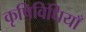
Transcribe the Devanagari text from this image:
कृषिविधियाँ